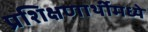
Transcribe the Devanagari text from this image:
प्रशिक्षणार्थीमध्ये